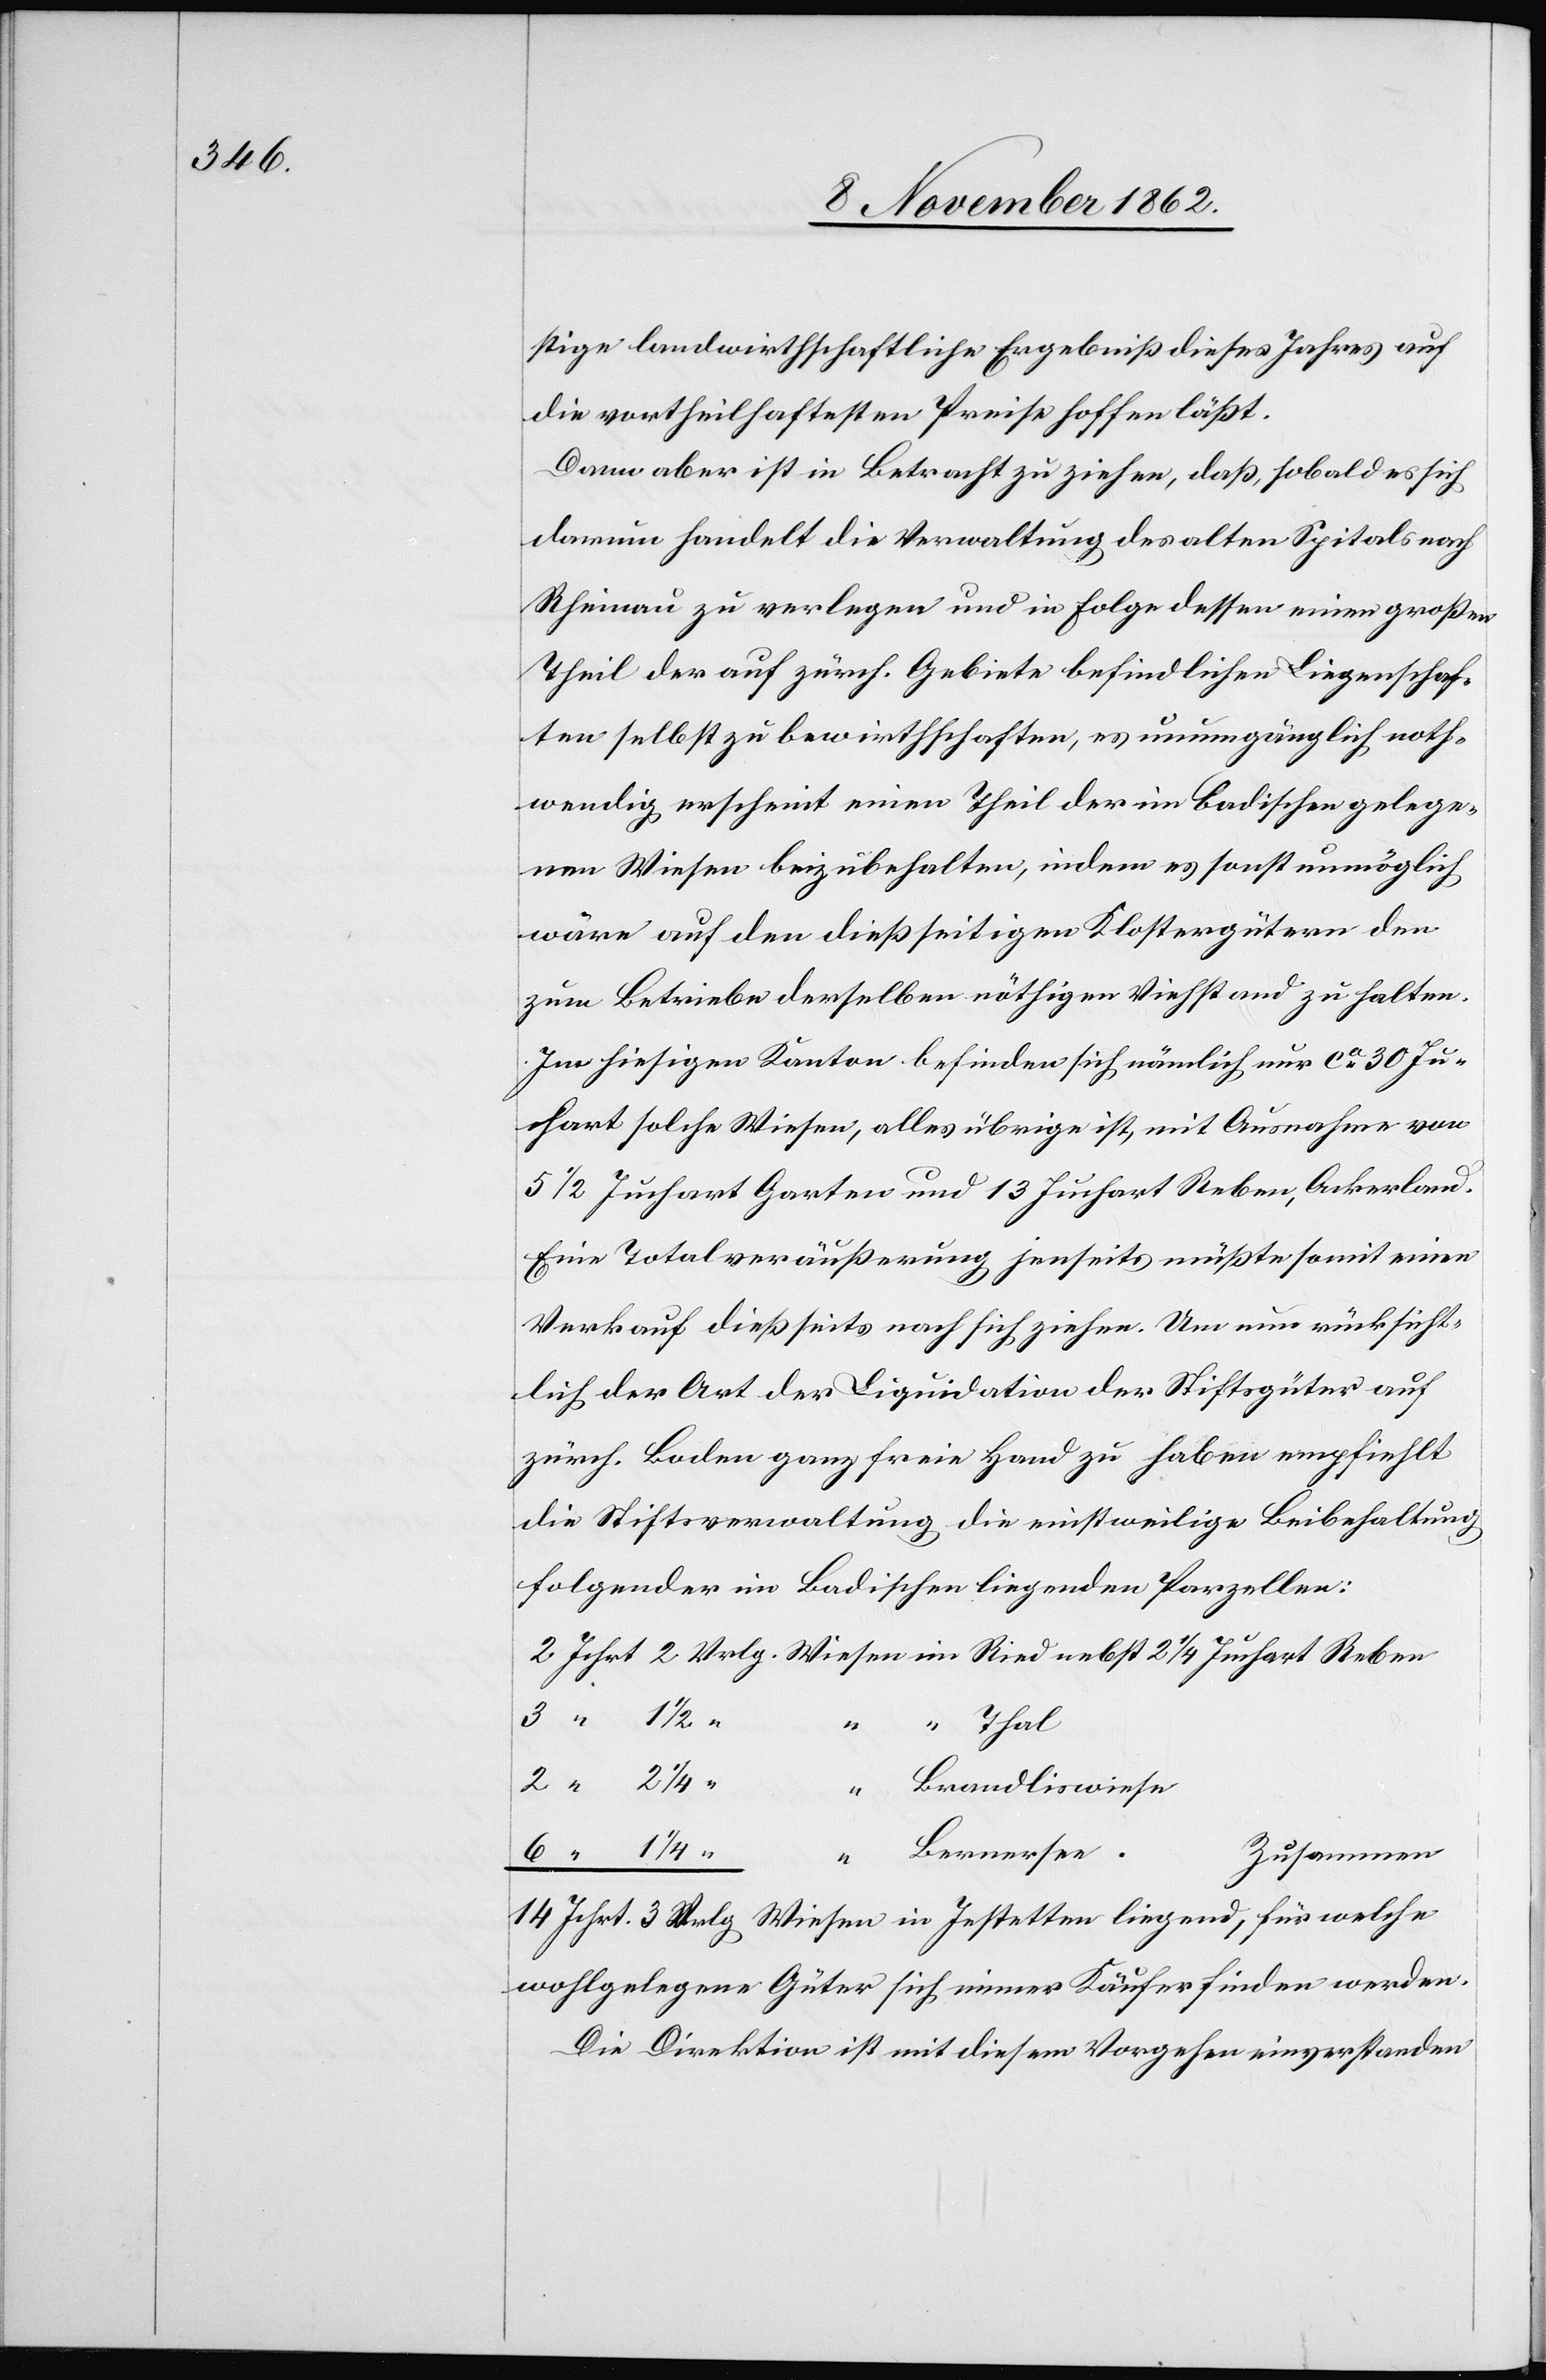
stige landwirthschaftliche Ergebniß dieses Jahres auf
die vortheilhaften Preise hoffen läßt.
Dann aber ist in Betracht zu ziehen, daß, sobald es sich
darum handelt die Verwaltung des alten Spitals nach
Rheinau zu verlegen und in Folge dessen einen großen
Theil der auf zürch. Gebiete befindlichen Liegenschaf¬
ten selbst zu bewirthschaften, es unumgänglich noth¬
wendig erscheint einen Theil der im Badischen gelege¬
nen Wiesen beizubehalten, indem es sonst unmöglich
wäre auf den dießseitigen Klostergütern den
zum Betriebe derselben nöthigen Viehstand zu halten.
Im hiesigen Kanton befinden sich nämlich nur ca 30 Ju¬
chart solche Wiesen, alles übrige ist, mit Ausnahme von
5 1/2 Juchart Garten und 13 Juchart Reben, Ackerland.
Eine Totalveräußerung jenseits müßte somit einen
Verkauf dießseits nach sich ziehen. Um nun rücksicht¬
lich der Art der Liquidation der Stiftsgüter auf
zürch. Boden ganz freie Hand zu haben empfiehlt
die Stiftsverwaltung die einstweilige Beibehaltung
folgender im Badischen liegenden Parzellen:
werden.
Zusammen
bst 2 1/4
Die Direktion ist mit diesem Vorgehen einverstanden